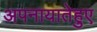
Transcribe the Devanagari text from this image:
अपनायातेहुए